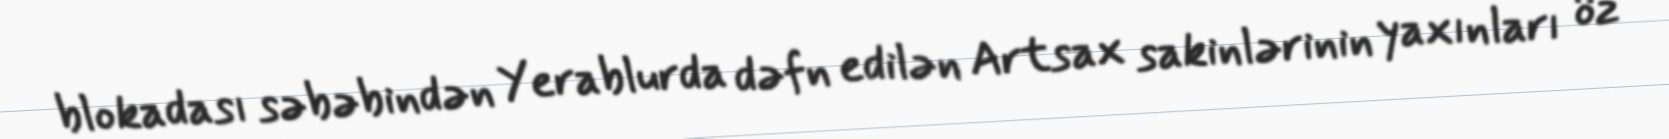
blokadası səbəbindən Yerablurda dəfn edilən Artsax sakinlərinin yaxınları öz